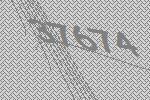
37674